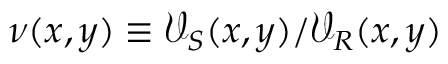
\nu ( x , y ) \equiv \mathcal { V } _ { S } ( x , y ) / \mathcal { V } _ { R } ( x , y )